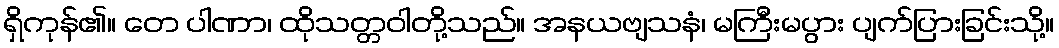
ရှိကုန်၏။ တေ ပါဏာ၊ ထိုသတ္တဝါတို့သည်။ အနယဗျသနံ၊ မကြီးမပွား ပျက်ပြားခြင်းသို့။